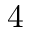
4